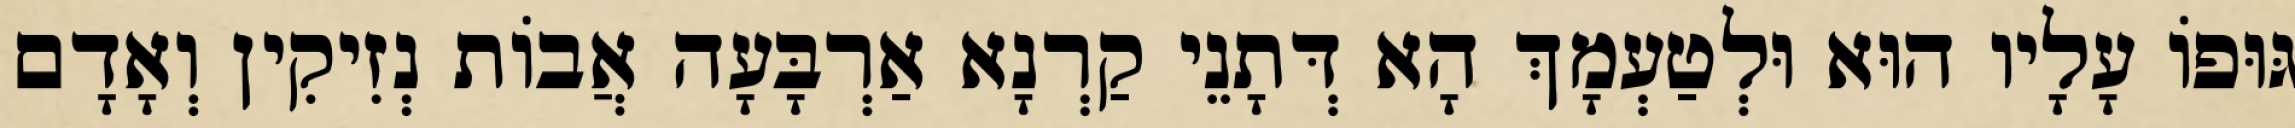
גּוּפוֹ עָלָיו הוּא וּלְטַעְמָךְ הָא דְּתָנֵי קַרְנָא אַרְבָּעָה אֲבוֹת נְזִיקִין וְאָדָם